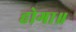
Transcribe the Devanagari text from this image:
होगा॥